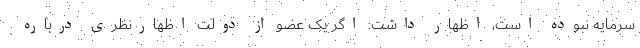
سرمایه نبوده است، اظهار داشت: اگر یک عضو از دولت اظهارنظری درباره